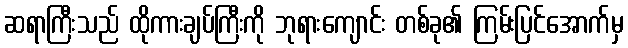
ဆရာကြီးသည် ထိုကားချပ်ကြီးကို ဘုရားကျောင်း တစ်ခု၏ ကြမ်းပြင်အောက်မှ